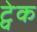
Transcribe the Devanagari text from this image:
ट्वेक